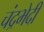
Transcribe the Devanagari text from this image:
चंद्रभेदी